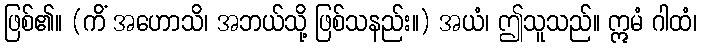
ဖြစ်၏။ (ကိံ အဟောသိ၊ အဘယ်သို့ ဖြစ်သနည်း။) အယံ၊ ဤသူသည်။ ဣမံ ဂါထံ၊